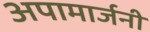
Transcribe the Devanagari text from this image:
अपामार्जनी